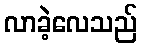
လာခဲ့လေသည်